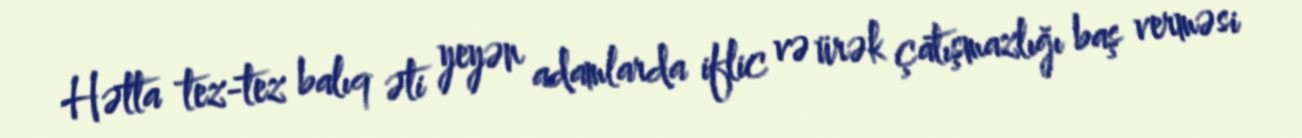
Hətta tez-tez balıq əti yeyən adamlarda iflic və ürək çatışmazlığı baş verməsi